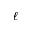
\ell